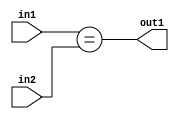
`timescale 1ps / 1ps
/*****************************************************************************
    Verilog RTL Description
    
    
    Created by: Stratus DpOpt 2019.1.01 
*******************************************************************************/

module in_buff_Equal_5Ux2U_1U_4_1 (
	in2,
	in1,
	out1
	); /* architecture "behavioural" */ 
input [4:0] in2;
input [1:0] in1;
output  out1;
wire  asc001;

assign asc001 = (in1==in2);

assign out1 = asc001;
endmodule

/* CADENCE  urf0Sg8= : u9/ySgnWtBlWxVPRXgAZ4Og= ** DO NOT EDIT THIS LINE ******/